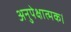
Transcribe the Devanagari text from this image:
अनुपेक्षात्मक।